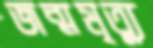
জন্মমৃত্যু